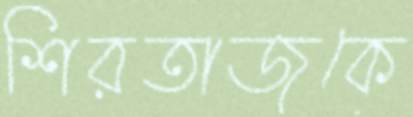
শিরতাজকে